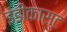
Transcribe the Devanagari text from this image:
इंडीकास्ट